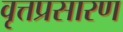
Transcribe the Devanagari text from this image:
वृत्तप्रसारण